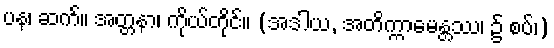
ပန၊ ဆက်။ အတ္တနာ၊ ကိုယ်တိုင်။ (အဒါယ, အတိက္ကာမေန္တဿ၊ ၌ စပ်၊)